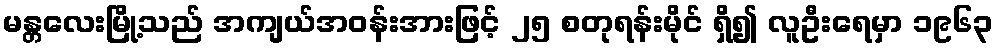
မန္တလေးမြို့သည် အကျယ်အဝန်းအားဖြင့် ၂၅ စတုရန်းမိုင် ရှိ၍ လူဦးရေမှာ ၁၉၆၃